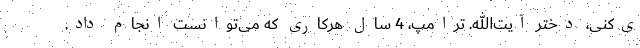
ی‌کنی، دخترِ آیت‌الله. ترامپ، 4 سال هرکاری که می‌توانست انجام داد.